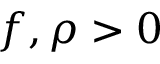
f , \rho > 0